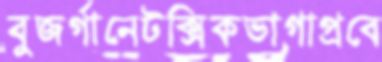
বুজর্গানেটক্সিকভাগাপ্রবে